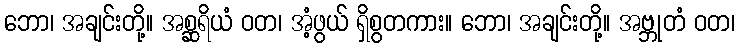
ဘော၊ အချင်းတို့။ အစ္ဆရိယံ ဝတ၊ အံ့ဖွယ် ရှိစွတကား။ ဘော၊ အချင်းတို့။ အဗ္ဘုတံ ဝတ၊